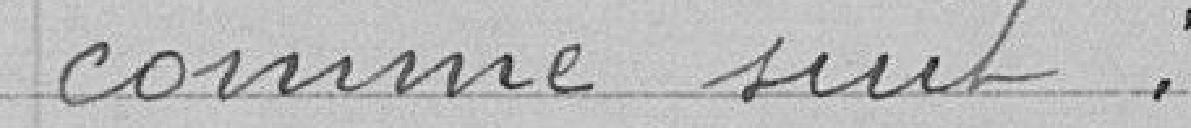
comme suit